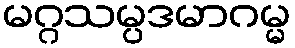
မဂ္ဂသမ္ပဒမာဂမ္မ